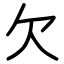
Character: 欠